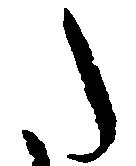
た